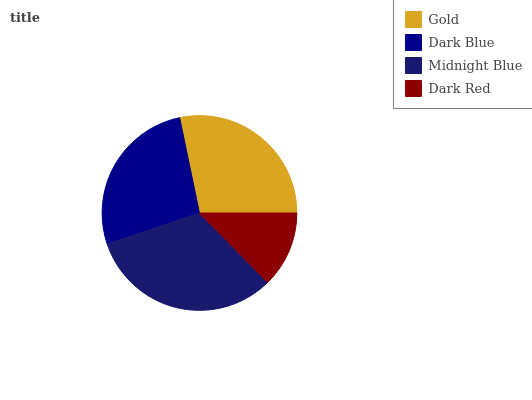
| Gold | Dark Blue | Midnight Blue | Dark Red |
 | --- | --- | --- | --- |
 | 28.3% | 26.9% | 32.1% | 12.6% |